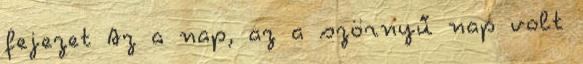
fejezet Az a nap, az a szörnyű nap volt